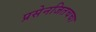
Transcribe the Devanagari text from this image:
प्रसेनजितचचा